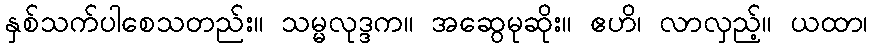
နှစ်သက်ပါစေသတည်း။ သမ္မလုဒ္ဒက။ အဆွေမုဆိုး။ ဧဟိ၊ လာလှည့်။ ယထာ၊